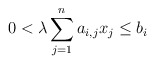
\begin{align*}0 < \lambda \sum_{j=1}^n a_{i,j} x_j \leq b_i \end{align*}